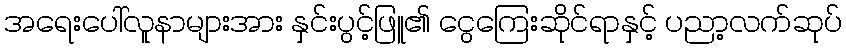
အရေးပေါ်လူနာများအား နှင်းပွင့်ဖြူ၏ ငွေကြေးဆိုင်ရာနှင့် ပညာ့လက်ဆုပ်